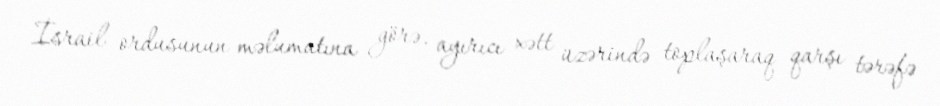
İsrail ordusunun məlumatına görə, ayırıcı xətt üzərində toplaşaraq qarşı tərəfə